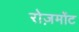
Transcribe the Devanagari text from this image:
रोज़मोंट